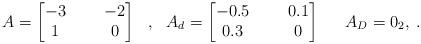
LaTeX: \begin{align*}\begin{array}{ccccc}A = \left[ \begin{matrix} -3 & \ \ & -2 \\ 1 & & 0 \end{matrix} \right]&,&A_d = \left[ \begin{matrix} -0.5 & \ \ & 0.1 \\ 0.3 & & 0 \end{matrix} \right]&&A_D = 0_2,\end{array}.\end{align*}